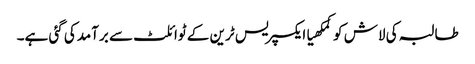
طالبہ کی لاش کوکمکھیاایکسپریس ٹرین کے ٹوائلٹ سے برآمدکی گئی ہے۔